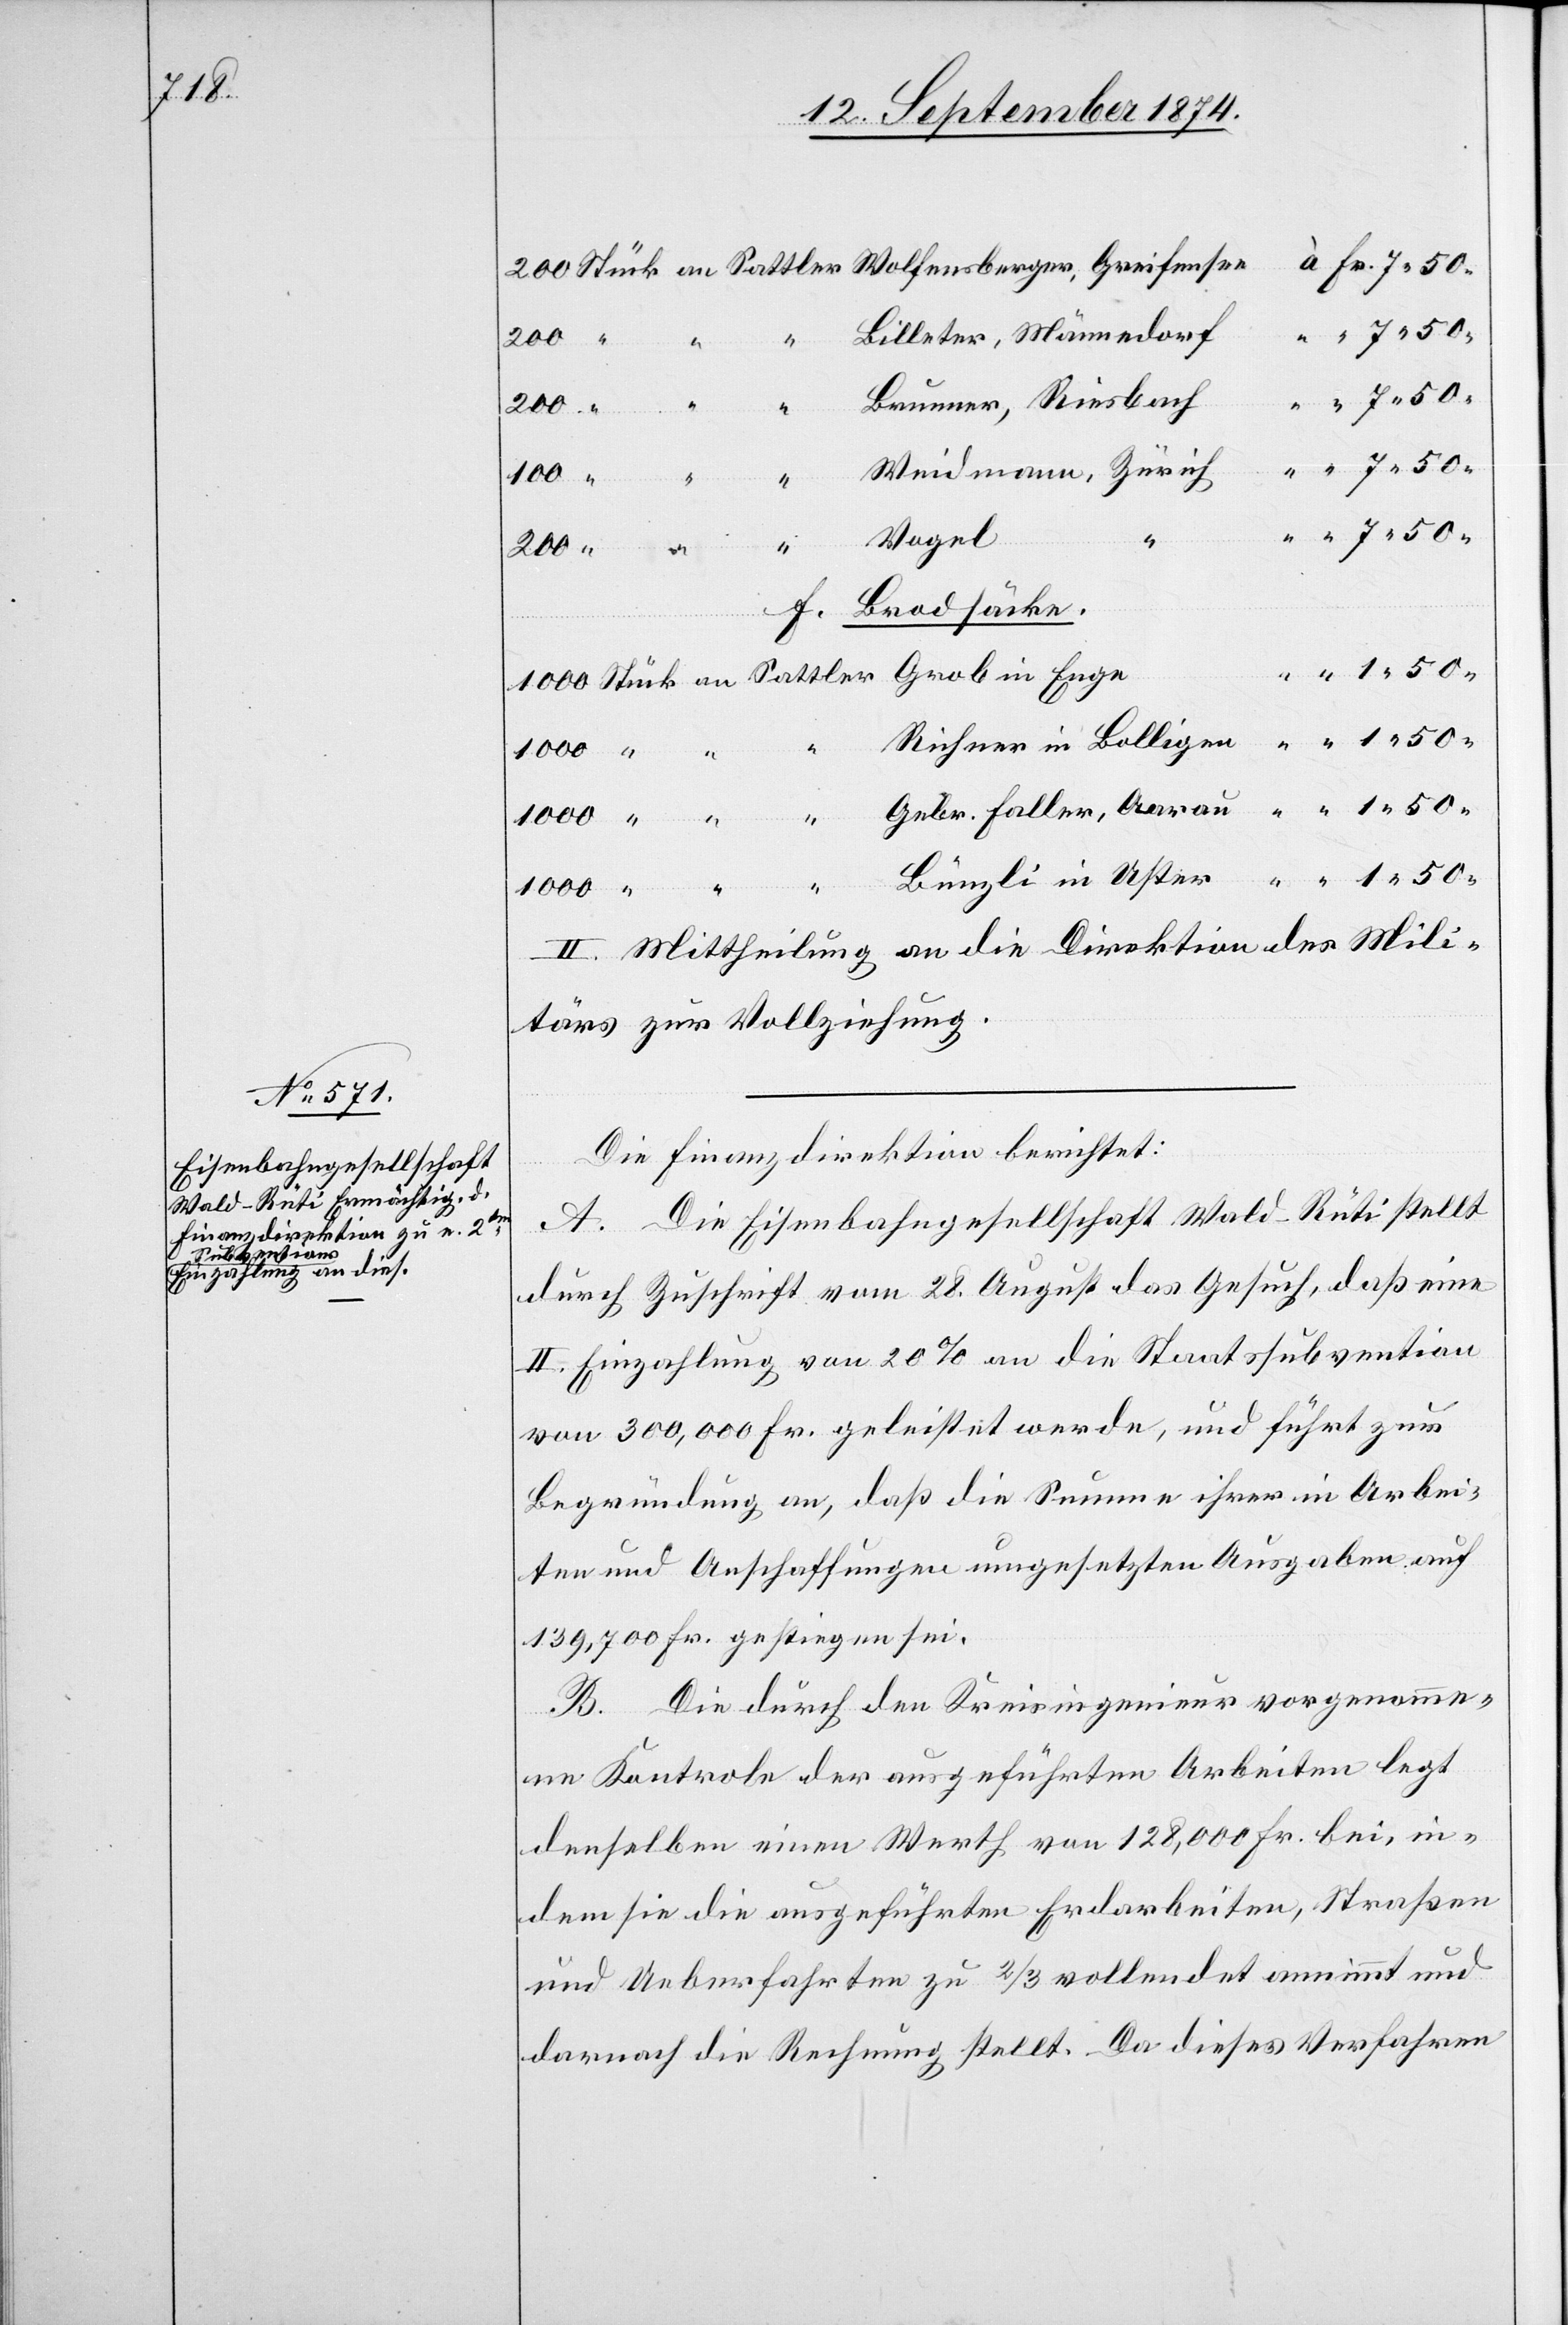
Billeter, Männedorf
Brunner, Riesbach
Weidmann, Zürich
Vogel
“
Brodsäcke.
f.
1000
1.50
Bünzli in Uster
II. Mittheilung an die Direktion des Mili¬
tärs zur Vollziehung.
Die Finanzdirektion berichtet:
A. Die Eisenbahngesellschaft Wald–Rüti stellt
durch Zuschrift vom 28. August das Gesuch, daß eine
II. Einzahlung von 20% an die Staatssubvention
von 300,000 Fr. geleistet werde, und führt zur
Begründung an, daß die Summe ihrer in Arbei¬
ten und Anschaffungen umgesetzten Ausgaben auf
139,700 Fr. gestiegen sei.
B. Die durch den Kreisingenieur vorgenomme¬
ne Kontrole der ausgeführten Arbeiten legt
denselben einen Werth von 128,000 Fr. bei, in¬
dem sie die ausgeführten Erdarbeiten, Straßen
und Ueberfahrten zu 2/3 vollendet annimmt und
darnach die Rechnung stellt. Da dieses Verfahren